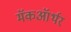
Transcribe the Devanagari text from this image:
मॅकऑर्थर